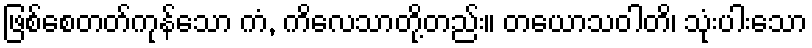
ဖြစ်စေတတ်ကုန်သော ကံ, ကိလေသာတို့တည်း။ တယောသဝါတိ၊ သုံးပါးသော